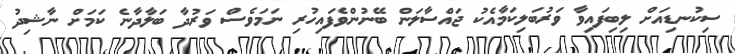
ސިކުނޑިއަށް ލިބިފައިވާ ވަރުބަލިކަމާއެކު ޖައްސާލަން ބޭނުންވެފައިހުރި ނަމަވެސް ވަރުދާ ބަލާދާނެ ކަމަށް ނާޝިދު